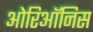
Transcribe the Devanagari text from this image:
ओरिऑनिस